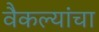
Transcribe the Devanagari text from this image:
वैकल्यांचा